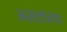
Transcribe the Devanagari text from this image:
असतांनच